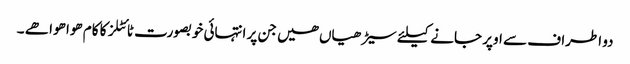
دو اطراف سے اوپر جانے کیلئے سیڑھیاں ھیں جن پر انتہائی خوبصورت ٹائٹلز کا کام ھوا ھوا ھے ۔